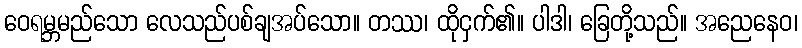
ဝေရမ္ဘမည်သော လေသည်ပစ်ချအပ်သော။ တဿ၊ ထိုငှက်၏။ ပါဒါ၊ ခြေတို့သည်။ အညေနေဝ၊